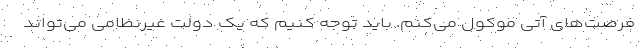
فرصت‌های آتی موکول می‌کنم. باید توجه کنیم که یک دولت غیرنظامی می‌تواند